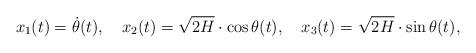
LaTeX: \begin{align*} x_{1}(t) = \dot{\theta}(t),~~~x_{2}(t) = \sqrt{2H}\cdot \cos\theta(t),~~~ x_{3}(t) =\sqrt{2H}\cdot \sin \theta(t),\end{align*}